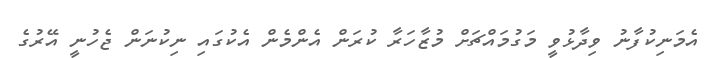
އެމަނިކުފާނު ވިދާޅުވީ މަގުމައްޗަށް މުޒާހަރާ ކުރަން އެންމެން އެކުގައި ނިކުނަން ޖެހުނީ އޭރުގެ